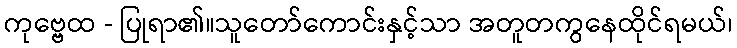
ကုဗ္ဗေထ - ပြုရာ၏။သူတော်ကောင်းနှင့်သာ အတူတကွနေထိုင်ရမယ်၊